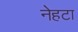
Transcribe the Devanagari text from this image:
नेहटा